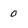
Character: 0